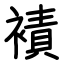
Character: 襀